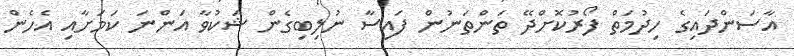
އާސަންދައިގެ ހިދުމަތް ފޯރުކޮށްދޭ ތަންތަނުން ފައިސާ ނުލިބިގެން ޝަކުވާ އަންނަ ކަމަށާއި އެހެން